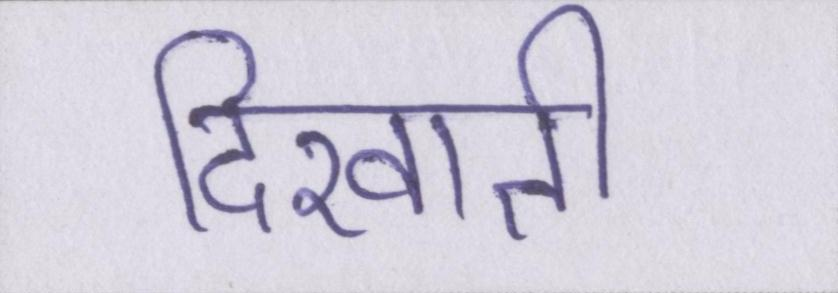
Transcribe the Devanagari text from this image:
दिखाती